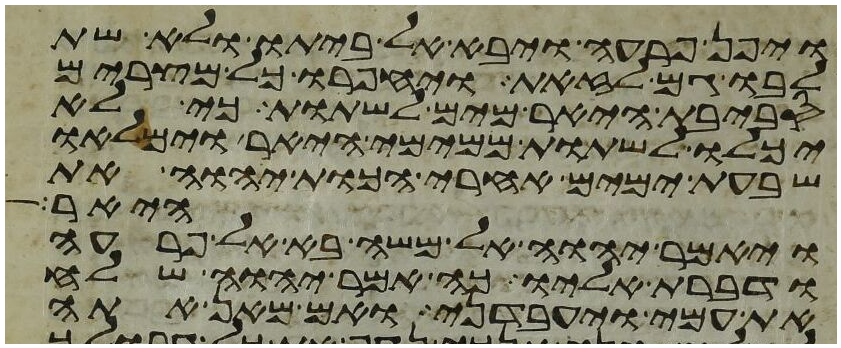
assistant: ויפן פרעה ויבא אל ביתו ולא שת
לבו גם לזאת ויחפרו כל מצרים
סביבת היאר מים לשתות כי לא
יכלו לשתות ממימי היאר וימלאו
שבעת ימים אחרי הכות יהוה את
היאר
ויאמר יהוה אל משה בא אל פרעה
ודברת אליו כה אמר יהוה שלח
את עמי ויעבדני ואם מאן אתה